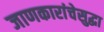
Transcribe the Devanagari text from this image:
जाणकारांचेसुद्धा